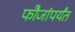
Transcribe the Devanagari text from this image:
फौजांपर्यंत